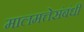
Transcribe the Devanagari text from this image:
मालमत्तेसंबंधी